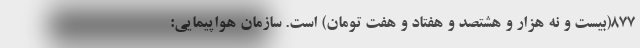
877(بیست و نه هزار و هشتصد و هفتاد و هفت تومان) است. سازمان هواپیمایی: